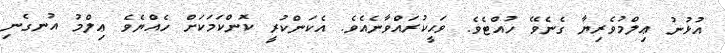
އުޅުނު ޢިލްމުވެރިޔާ ގެނެވޭ ހުއްޓެވެ. ވަޙީކުރައްވާނެއެވެ. އެކަންކުރީ ކޮންކަމަކަށް ހެއްޔެވެ ޢިލްމު އުނގެނި